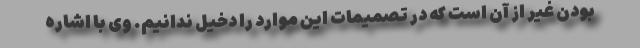
بودن غیر از آن است که در تصمیمات این موارد را دخیل ندانیم. وی با اشاره